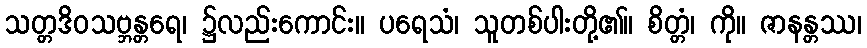
သတ္တဒိဝသဗ္ဘန္တရေ၊ ၌လည်းကောင်း။ ပရေသံ၊ သူတစ်ပါးတို့၏။ စိတ္တံ၊ ကို။ ဇာနန္တဿ၊